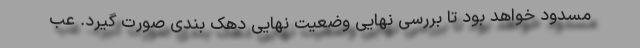
مسدود خواهد بود تا بررسی نهایی وضعیت نهایی دهک بندی صورت گیرد. عب